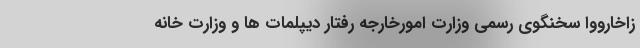
زاخارووا سخنگوی رسمی وزارت امورخارجه رفتار دیپلمات ها و وزارت خانه